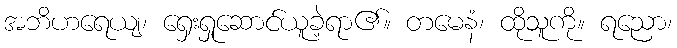
အဘိဟရေယျ၊ ရှေးရှုဆောင်ယူခဲ့ရာ၏။ တမေနံ၊ ထိုသူကို။ ရညော၊